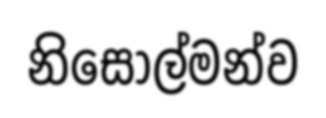
නිසොල්මන්ව